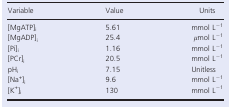
<table><thead><tr><td><b>Variable</b></td><td><b>Value</b></td><td><b>Units</b></td></tr></thead><tbody><tr><td>[MgATP]<sub>i</sub></td><td>5.61</td><td>mmol L<sup>−1</sup></td></tr><tr><td>[MgADP]<sub>i</sub></td><td>25.4</td><td><i>μ</i>mol L<sup>−1</sup></td></tr><tr><td>[Pi]<sub>i</sub></td><td>1.16</td><td>mmol L<sup>−1</sup></td></tr><tr><td>[PCr]<sub>i</sub></td><td>20.5</td><td>mmol L<sup>−1</sup></td></tr><tr><td>pH<sub>i</sub></td><td>7.15</td><td>Unitless</td></tr><tr><td>[Na<sup>+</sup>]<sub>i</sub></td><td>9.6</td><td>mmol L<sup>−1</sup></td></tr><tr><td>[K<sup>+</sup>]<sub>i</sub></td><td>130</td><td>mmol L<sup>−1</sup></td></tr></tbody></table>